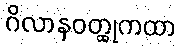
ဂိလာနဝတ္ထုကထာ